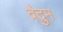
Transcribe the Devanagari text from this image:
वैद्रुम